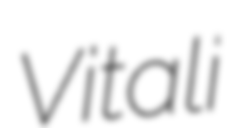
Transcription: Vitali